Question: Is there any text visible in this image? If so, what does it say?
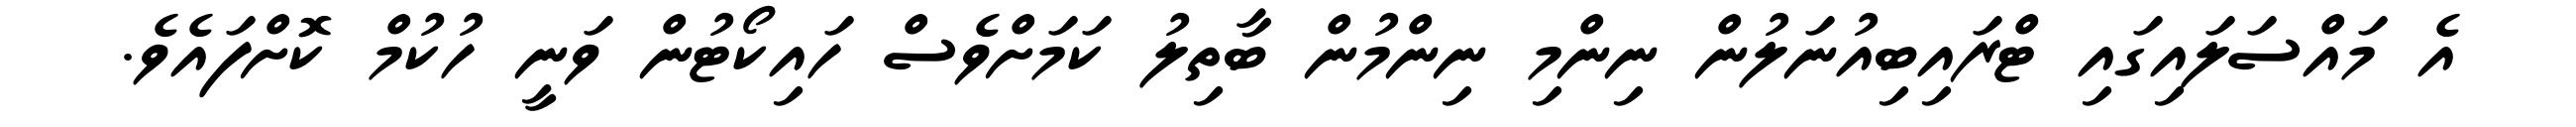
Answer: އެ މައްސަލައިގައި ޓްރައިބިއުނަލުން ނިންމި ނިންމުން ބާތިލު ކަމަށްވެސް ހައިކޯޓުން ވަނީ ހުކުމް ކޮށްފައެވެ.